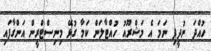
ހުއްދަ ނުދީފި ނަމަ އެ މަޝްރޫއު ހުއްޓާލަން ކަމާ ގުޅޭ މިނިސްޓްރީން އަންގާފައި